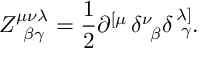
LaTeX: Z _ { \; \; \beta \gamma } ^ { \mu \nu \lambda } = \frac 1 2 \partial ^ { \left[ \mu \right. } \delta _ { \; \; \beta } ^ { \nu } \delta _ { \; \; \gamma } ^ { \left. \lambda \right] } .